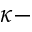
\kappa -